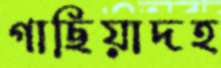
গাছিয়াদহ